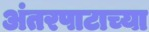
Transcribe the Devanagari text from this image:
अंतरपाटाच्या